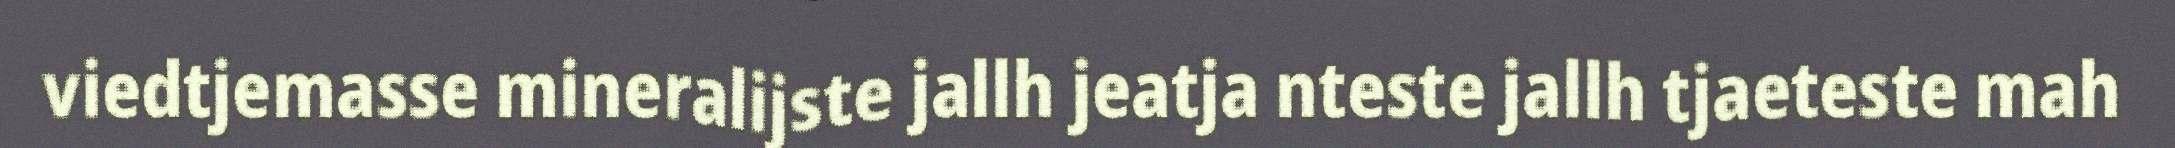
viedtjemasse mineralijste jallh jeatja nteste jallh tjaeteste mah